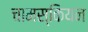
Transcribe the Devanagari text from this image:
चामस्कियन